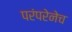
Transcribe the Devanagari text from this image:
परंपरेनेच